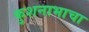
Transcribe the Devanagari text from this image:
कुशनाभाचा